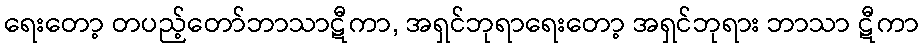
ရေးတော့ တပည့်တော်ဘာသာဋီကာ, အရှင်ဘုရာရေးတော့ အရှင်ဘုရား ဘာသာ ဋီကာ